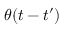
\theta ( t - t ^ { \prime } )